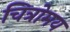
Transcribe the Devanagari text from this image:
चित्रोमय